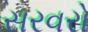
સરવરો